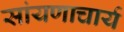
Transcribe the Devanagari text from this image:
सांयणाचार्य